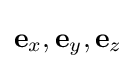
\mathbf {e} _{x},\mathbf {e} _{y},\mathbf {e} _{z}